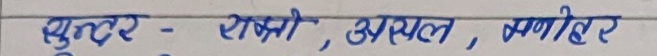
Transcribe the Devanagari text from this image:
सुन्दर - रश्मी , अश्वल , मनीहर